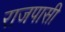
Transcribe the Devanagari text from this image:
राजपासी